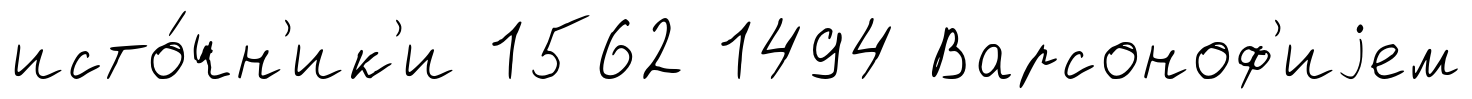
исто́чн'ик'и 1562 1494 Варсоноф'иjем